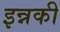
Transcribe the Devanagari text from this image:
इन्नकी